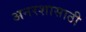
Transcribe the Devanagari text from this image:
अनरशासाठी